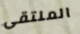
الملتقى